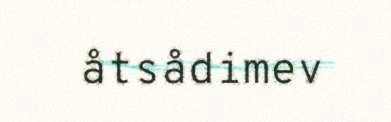
åtsådimev